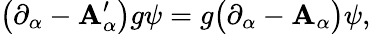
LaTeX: \bigl(\partial_{\alpha}-\mathbf{A}_{\alpha}^{\prime}\bigr)g\psi=g\bigl(\partial_{\alpha}-\mathbf{A}_{\alpha}\bigr)\psi,